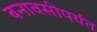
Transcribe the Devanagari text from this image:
बनावसीपर्यंत